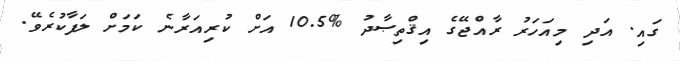
ގައި. އަދި މިއަހަރު ރާއްޖޭގެ އިޤްތިޞާދު %10.5 އަށް ކުރިއަރާނެ ކަމަށް ލަފާކުރެވޭ.